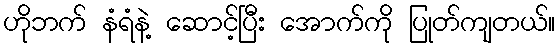
ဟိုဘက် နံရံနဲ့ ဆောင့်ပြီး အောက်ကို ပြုတ်ကျတယ်။